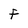
Character: F